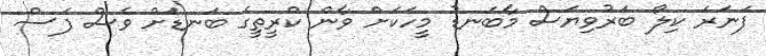
ފަނަރަ ކިލޯ ބަރުވިޔަސް މާބަނޑު މީހަކަށް ވާން ކްރީތީގެ ބަނޑަށް ވެސް ފަސް